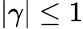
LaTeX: |\gamma|\leq 1